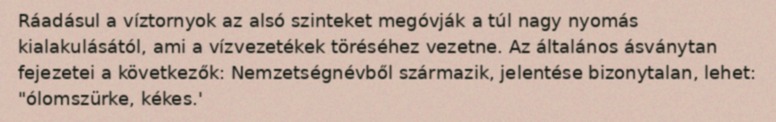
Ráadásul a víztornyok az alsó szinteket megóvják a túl nagy nyomás kialakulásától, ami a vízvezetékek töréséhez vezetne. Az általános ásványtan fejezetei a következők: Nemzetségnévből származik, jelentése bizonytalan, lehet: "ólomszürke, kékes.'